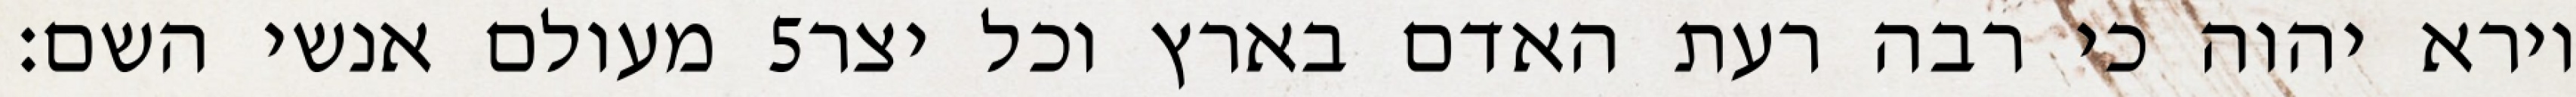
מעולם אנשי השם׃ ‎5‏ וירא יהוה כי רבה רעת האדם בארץ וכל יצר